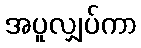
အပူလျှပ်ကာ